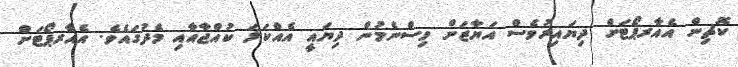
ކޮޗިން އެއާރޕޯޓަށް ދިޔައިރުވެސް އަޔާޒަށް ވިސްނެމުން ދިޔައީ އެއްކަލަ ކުއްޖާއާއި މެދުގައެވެ. އެއާރޕޯޓަށް